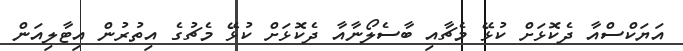
އަޔަކްސްއާ ދެކޮޅަށް ކުޅޭ މެޗާއި ބާސެލޯނާއާ ދެކޮޅަށް ކުޅޭ މެޗުގެ އިތުރުން އިޓާލިއަން